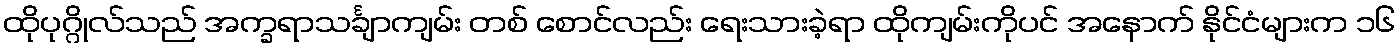
ထိုပုဂ္ဂိုလ်သည် အက္ခရာသင်္ချာကျမ်း တစ် စောင်လည်း ရေးသားခဲ့ရာ ထိုကျမ်းကိုပင် အနောက် နိုင်ငံများက ၁၆